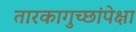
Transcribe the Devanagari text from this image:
तारकागुच्छांपेक्षा